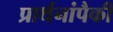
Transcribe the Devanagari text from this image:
प्रार्थनांपैकी